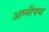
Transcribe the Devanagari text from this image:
अग्नीपथ